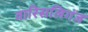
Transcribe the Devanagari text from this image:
वारिसलिगंज